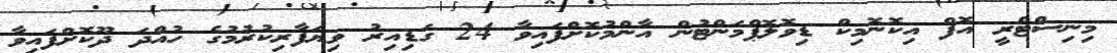
މިނިސްޓްރީ އޮފް އިކޮނޮމިކް ޑިވޮލޮޕްމަންޓުން އާންމުކޮށްފައިވާ 24 ގަޑިއިރު ވިޔަފާރިކުރުމުގެ ހުއްދަ ދޫކޮށްފައިވާ